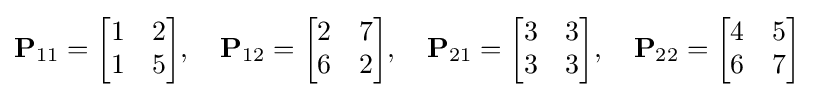
\mathbf {P} _{11}={\begin{bmatrix}1&2\\1&5\end{bmatrix}},\quad \mathbf {P} _{12}={\begin{bmatrix}2&7\\6&2\end{bmatrix}},\quad \mathbf {P} _{21}={\begin{bmatrix}3&3\\3&3\end{bmatrix}},\quad \mathbf {P} _{22}={\begin{bmatrix}4&5\\6&7\end{bmatrix}}